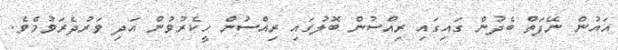
އައުން ނޭފަތް ބެދުން ގައިގައި ރިއްސުން ބޮލުގައި ރިއްސުން ހީކެރުވުން އަދި ވަރުދެރަވުމެވެ.